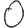
Digit: 0